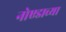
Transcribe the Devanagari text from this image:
नोएडाच्या